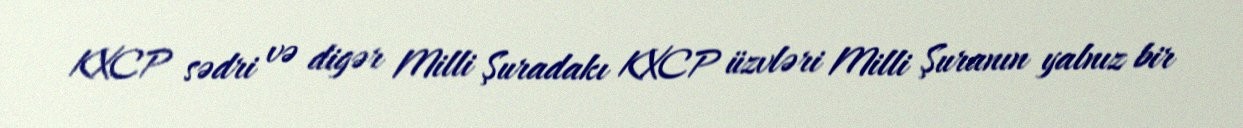
KXCP sədri və digər Milli Şuradakı KXCP üzvləri Milli Şuranın yalnız bir